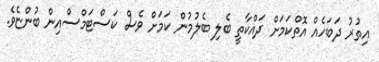
އިތުރު ދަބަހެއް އޮތްކަމަށް ދައްކާތީ ބެލި ބެލުމުން ކަމަށް ވެސް ކަސްޓަމްސްއިން ބުންޏެވެ.